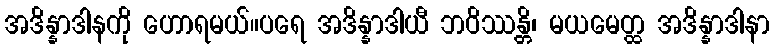
အဒိန္နာဒါနကို ဟောရမယ်။ပရေ အဒိန္နာဒါယီ ဘဝိဿန္တိ၊ မယမေတ္ထ အဒိန္နာဒါနာ